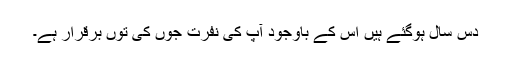
دس سال ہوگئے ہیں اس کے باوجود آپ کی نفرت جوں کی توں برقرار ہے۔